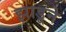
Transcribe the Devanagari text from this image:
झाडूने